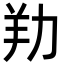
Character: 劷